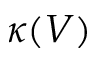
\kappa ( V )